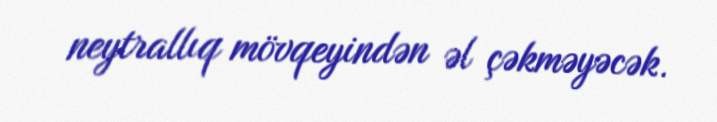
neytrallıq mövqeyindən əl çəkməyəcək.